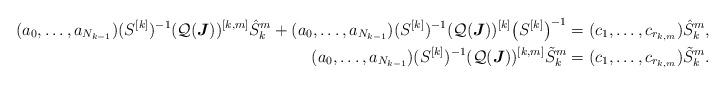
LaTeX: \begin{align*}(a_0,\dots, a_{N_{k-1}})(S^{[k]})^{-1}(\mathcal Q(\boldsymbol J))^{[k,m]}\hat S^m_k+(a_0,\dots, a_{N_{k-1}})(S^{[k]})^{-1}(\mathcal Q(\boldsymbol J))^{[k]}\big(S^{[k]}\big)^{-1}&=(c_1,\dots,c_{r_{k,m}})\hat S^m_k,\\(a_0,\dots, a_{N_{k-1}})(S^{[k]})^{-1}(\mathcal Q(\boldsymbol J))^{[k,m]}\tilde S^m_k&=(c_1,\dots,c_{r_{k,m}})\tilde S^m_k.\end{align*}